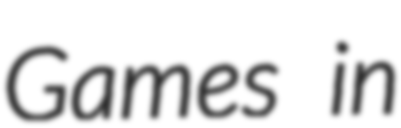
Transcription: Games in